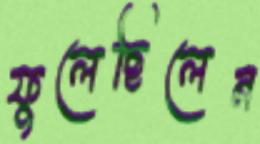
ফুলেছিলেন